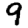
Digit: 9